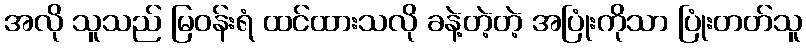
အလို သူသည် မြဝန်းရံ ထင်ထားသလို ခနဲ့တဲ့တဲ့ အပြုံးကိုသာ ပြုံးတတ်သူ